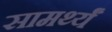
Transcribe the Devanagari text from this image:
सामर्थ्यं